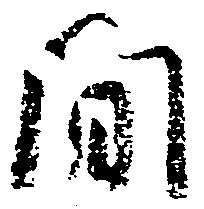
間